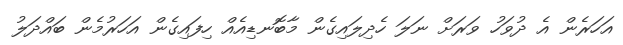
އަހަރެން އެ ދުވަހު ވަރަށް ނަލަ ހެދިލައިގެން މާބޮނޑިއެއް ހިފައިގެން އަހަރުމެން ބައްދަލު